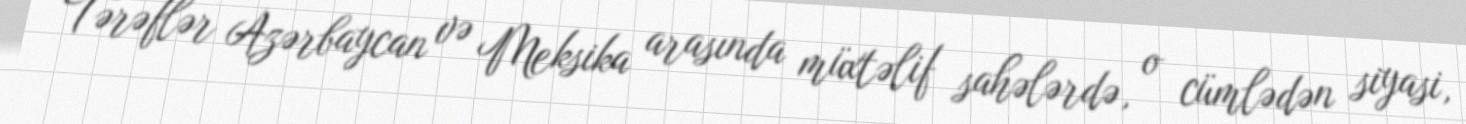
Tərəflər Azərbaycan və Meksika arasında müxtəlif sahələrdə, o cümlədən siyasi,